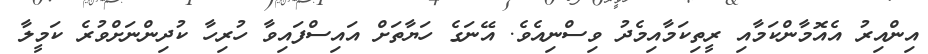
އިންއިރު އެއޮމާންކަމާއި ރީތިކަމާއިމެދު ވިސްނިއެވެ. އޭނަގެ ހަޔާތަށް އައިސްފައިވާ ހުރިހާ ކުދިންނަށްވުރެ ކަމީލާ